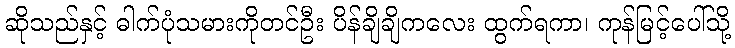
ဆိုသည်နှင့် ဓါက်ပုံသမားကိုတင်ဦး ပိန်ချိချိကလေး ထွက်ရကာ၊ ကုန်မြင့်ပေါ်သို့